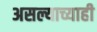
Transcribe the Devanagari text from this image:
असल्याच्याही